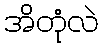
အိတုံလဲ